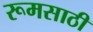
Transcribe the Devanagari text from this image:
रूमसाठी